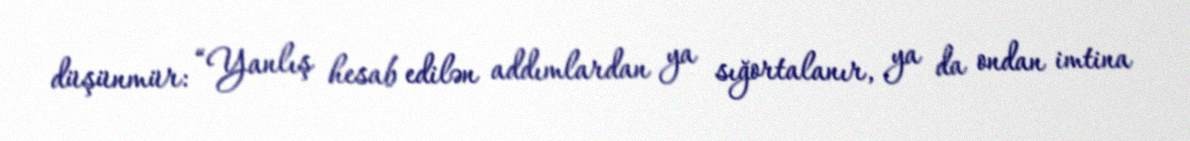
düşünmür: “Yanlış hesab edilən addımlardan ya sığortalanır, ya da ondan imtina